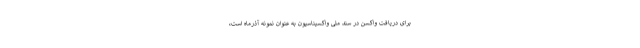
برای دریافت واکسن در سند ملی واکسیناسیون به عنوان نمونه آذرماه است،